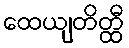
ထေယျတိတ္ထီ